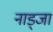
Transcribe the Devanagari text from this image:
नाड्जा